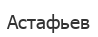
Астафьев